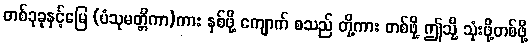
တစ်ခုခုနှင့်မြေ (ပံသုမတ္တိကာ)ကား နှစ်ဖို့ ကျောက် စသည် တို့ကား တစ်ဖို့ ဤသို့ သုံးဖို့တစ်ဖို့